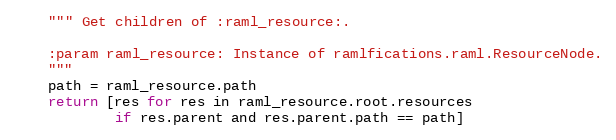
Language: Python
    """ Get children of :raml_resource:.

    :param raml_resource: Instance of ramlfications.raml.ResourceNode.
    """
    path = raml_resource.path
    return [res for res in raml_resource.root.resources
            if res.parent and res.parent.path == path]